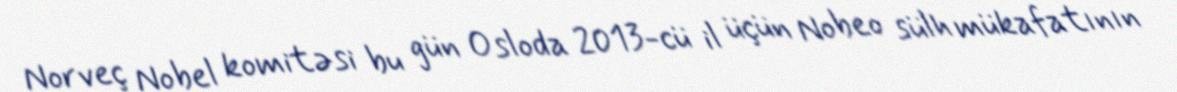
Norveç Nobel komitəsi bu gün Osloda 2013-cü il üçün Nobeo sülh mükafatının